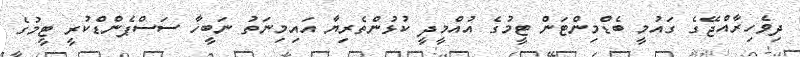
ދިވެހިރާއްޖޭގެ ގައުމީ ބެޑްމިންޓަން ޓީމުގެ އުއްމީދީ ކުޅުންތެރިޔާ އައިމިނަތު ނަބީހާ ސަސްޕެންޑްކުރީ ޓީމުގެ